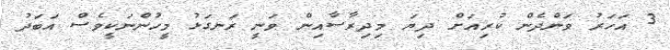
3 އަަހަރު ވަންދެން ކުރިއަށް ދިޔަ މިދިރާސާއިން ވަނީ ރަނގަޅު މީހުންނަކީވެސް އަބަދު